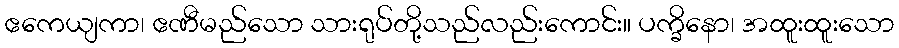
ဧကေယျကာ၊ ဧဏီမည်သော သားရုပ်တို့သည်လည်းကောင်း။ ပက္ခိနော၊ အထူးထူးသော